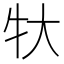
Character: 𬌚